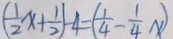
( \frac { 1 } { 2 } x + \frac { 1 } { 2 } ) - 4 = ( \frac { 1 } { 4 } - \frac { 1 } { 4 } x )